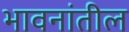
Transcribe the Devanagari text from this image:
भावनांतील